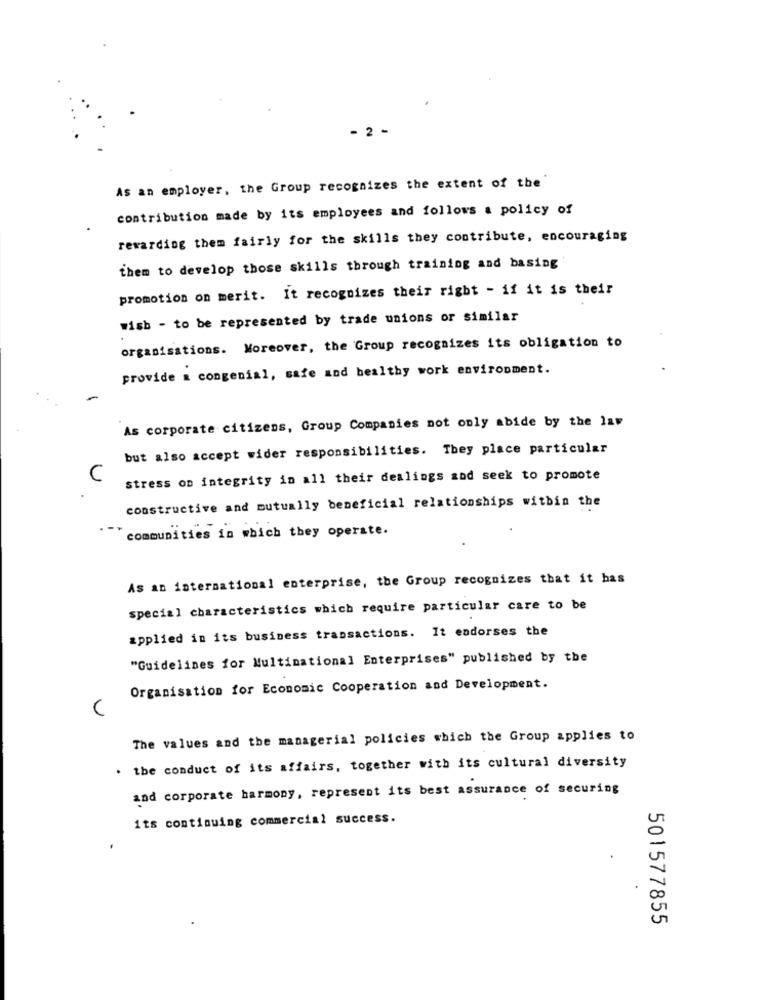
- 2 -
As an employer, the Group recognizes the extent of the
contribution made by its employees and follows a policy of
rewarding them fairly for the skills they contribute, encouraging
them to develop those skills through training and basing
promotion on merit. It recognizes their right - if it is their
wish - to be represented by trade unions or similar
organisations. Moreover, the Group recognizes its obligation to
provide a congenial, safe and bealthy work environment.
As corporate citizens, Group Companies not only abide by the law
but also accept wider responsibilities. They place particular
C
stress on integrity in all their dealings zad seek to promote
constructive and mutually beneficial relationships within the
communities in which they operate.
As an international enterprise, the Group recognizes that it has
special characteristics which require particular care to be
applied in its business transactions. It endorses the
"Guidelines for Multinational Enterprises" published by the
Organisation for Economic Cooperation and Development.
V
The values and the managerial policies which the Group applies to
. the conduct of its affairs, together with its cultural diversity
and corporate harmony, represent its best assurance of securing
its continuing commercial success.
501577855